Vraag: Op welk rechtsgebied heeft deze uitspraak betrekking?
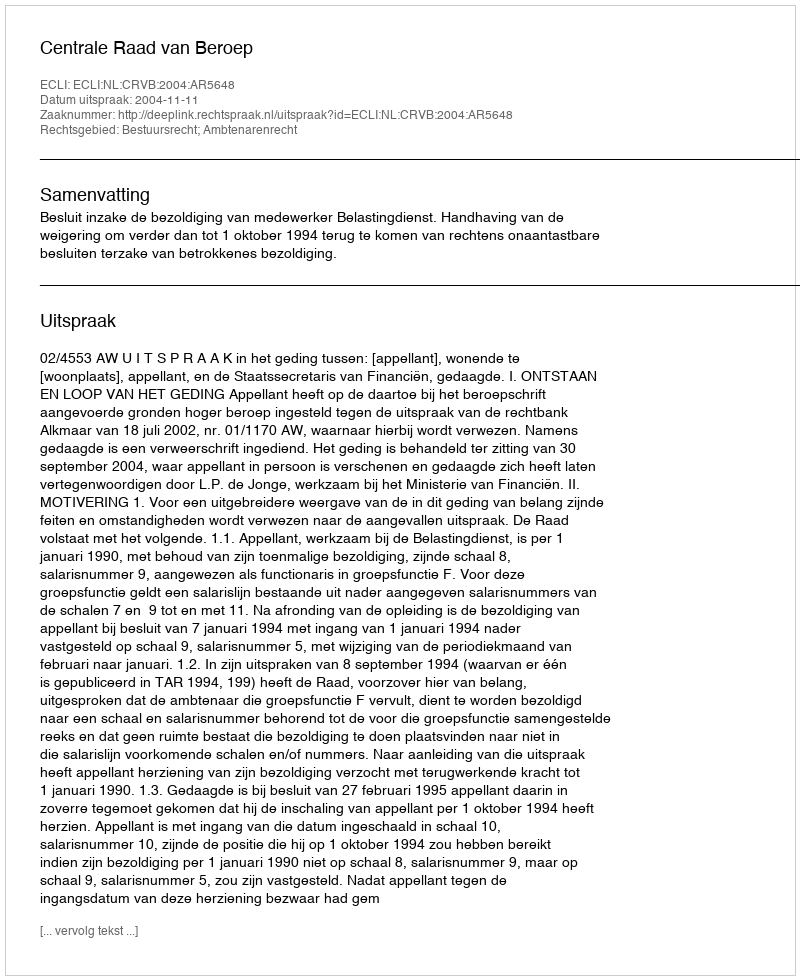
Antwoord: Bestuursrecht; Ambtenarenrecht